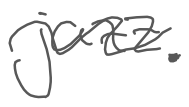
Text: jazz.
Cross-out: wave
Writing tool: digital_gray